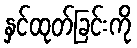
နှင်ထုတ်ခြင်းကို